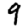
Digit: 9